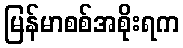
မြန်မာစစ်အစိုးရက